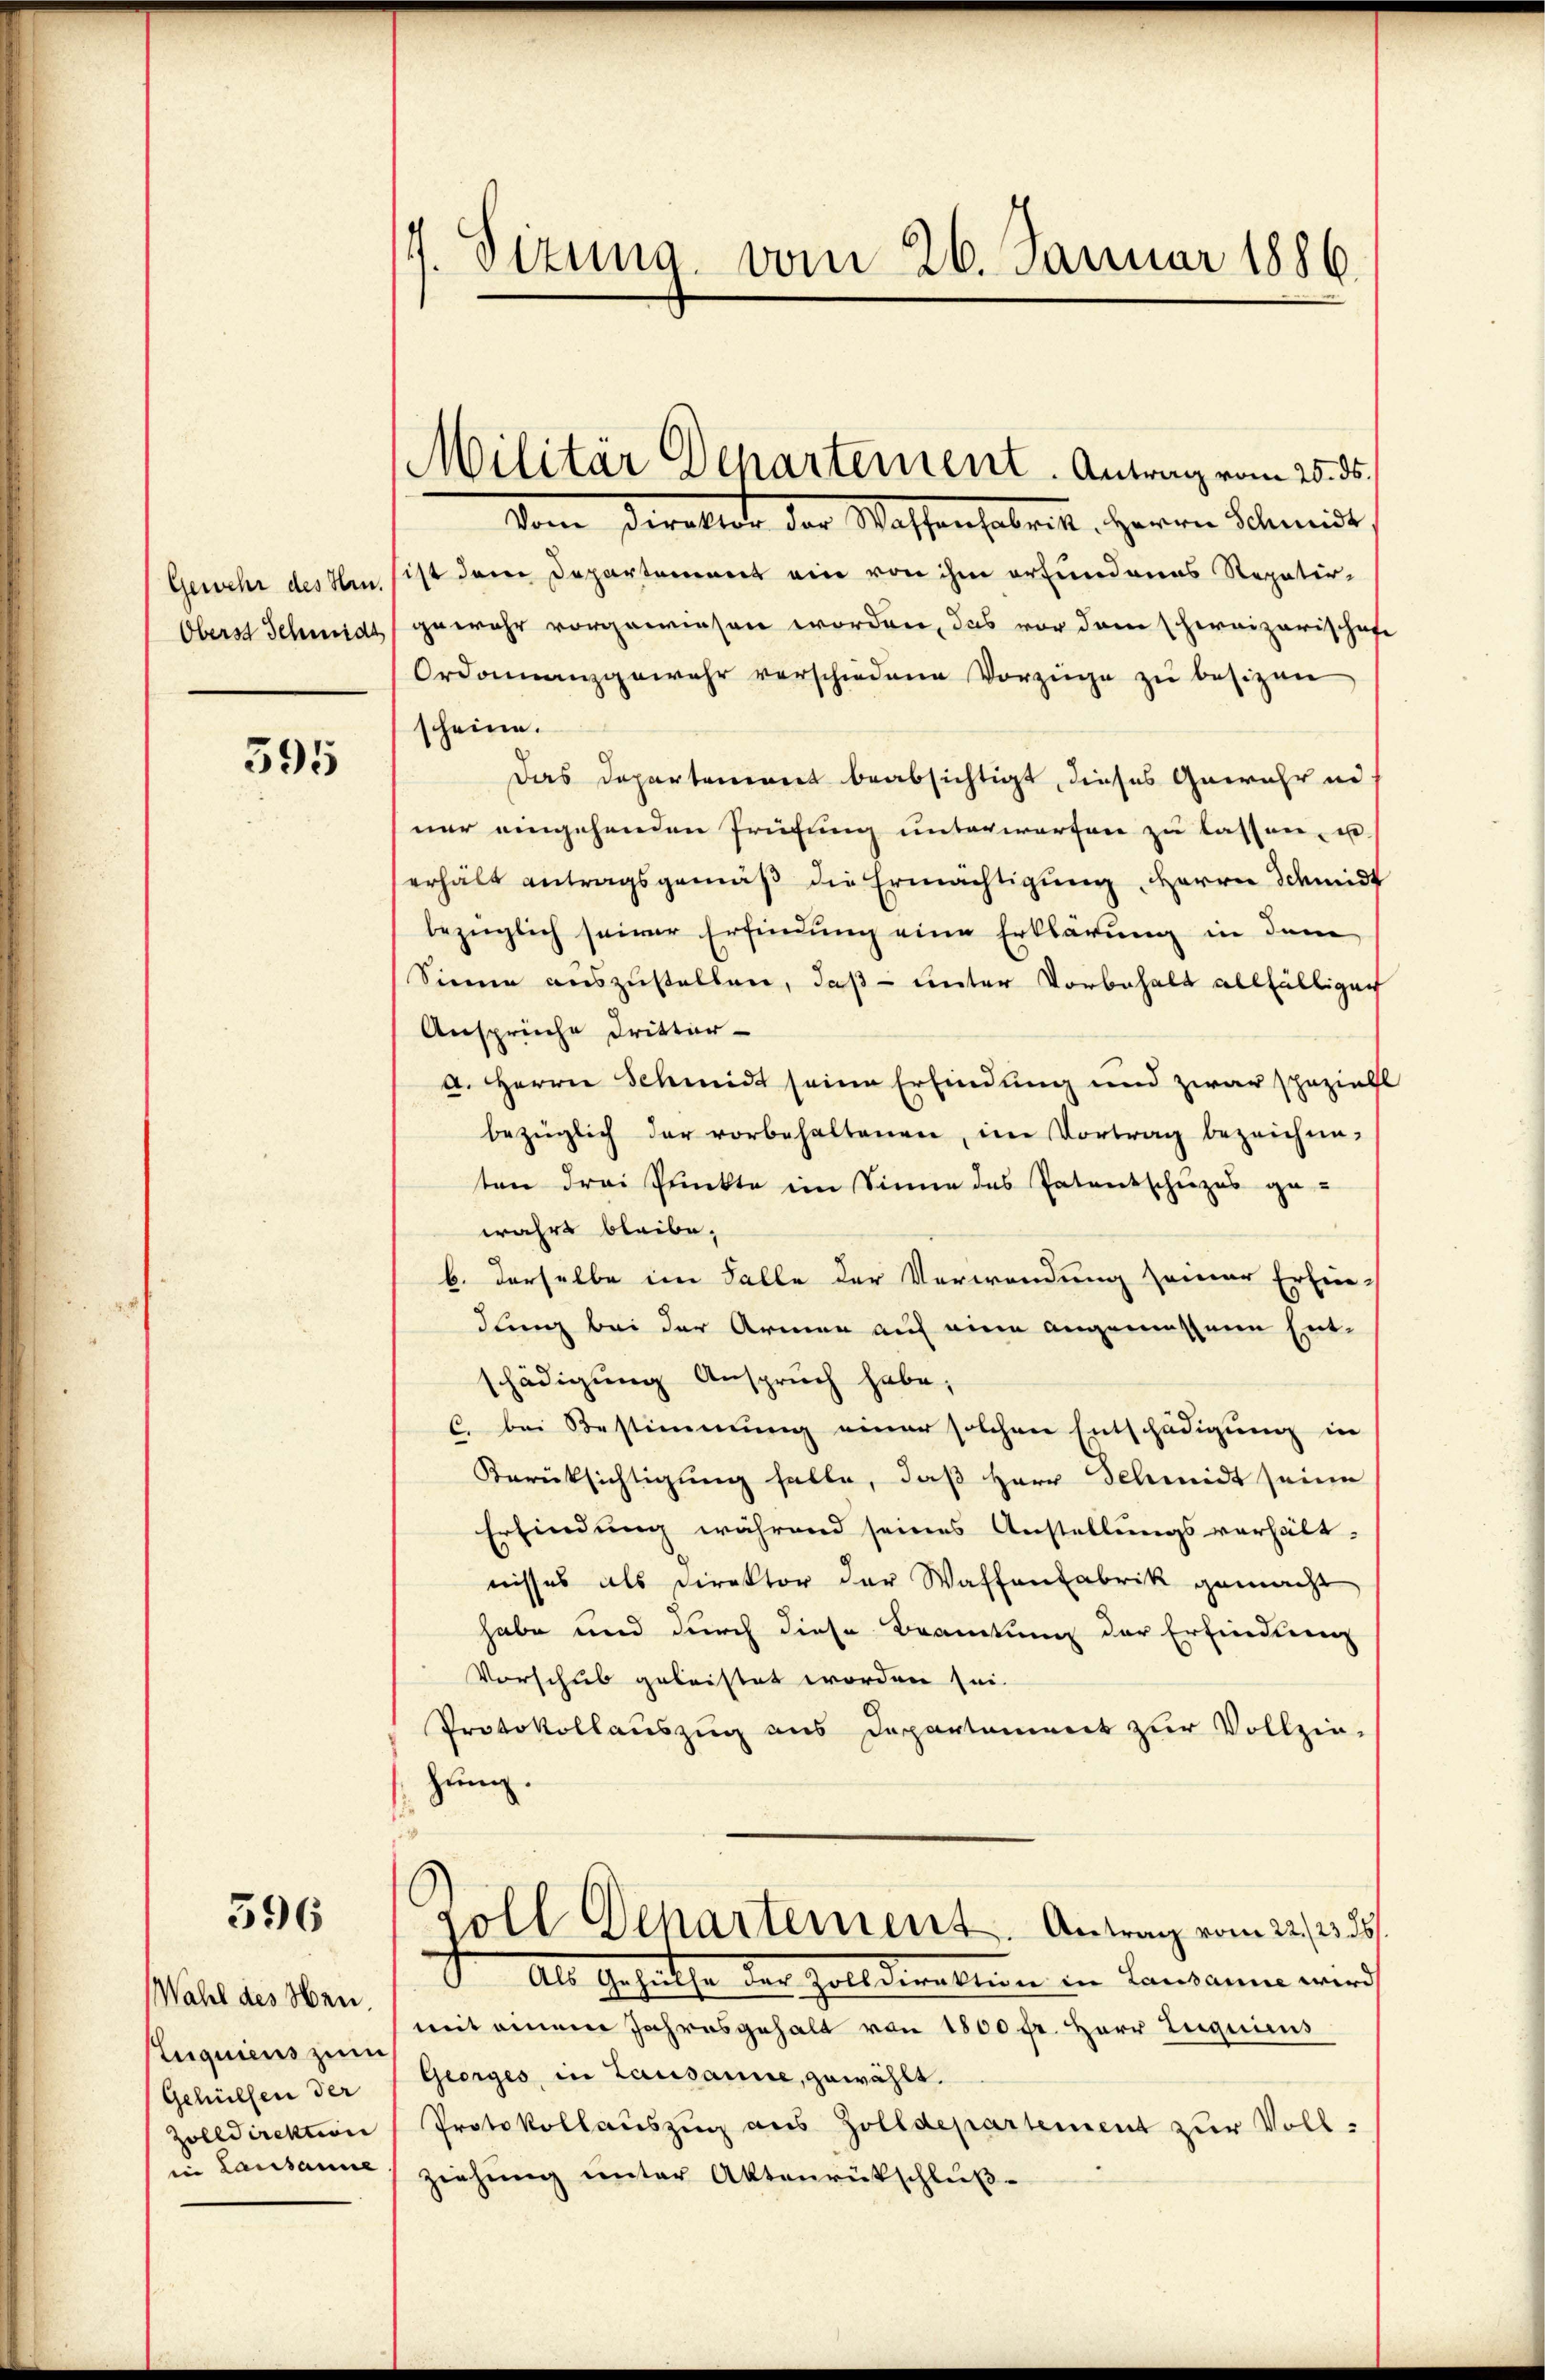
Gewehr des Hrn.
Oberst Schmidt

595

596

Wahl des Neu.
Luquiens zum
Gehülfen der
Zolldirektion
in Lausanne

7. Sizung vom 26. Januar 1886

Militär Departement. Antrag vom 25. ds.

Vom Paraller der Wassen habent, Herrn Schmidt
ist dem Departement ein von ihm erfundenes Repetir-
gewahr vorgewiesen worden, das vor dem schweizerischaft
Ordonnanzgewehr verschiedene Vorzüge zŭ besizen
scheine.
Das Departement beabsichtigt, dieses Gewähr in
nur eingehenden Prüfung unterworfen zu lassen, u
erhält antragsgemäß die Ermächtigung, Herrn Schmidt
bezüglich seiner Erfindung eine Erklärung in dem
Sinne auszustellen, daß unter Vorbehalt allfälligen
Ansprüche Dritter-
a. Herrn Schmidt seine Erfindung und zwar speziel
bezüglich der vorbehaltenen, im Vortrag bezeichneten drei Punkte im Sinne des Patentschuzes ge-
wahrt bleibe,
b. derselbe im Falle der Verwendung seiner Erfin-
dling bei der Armen auf eine angemessene Ent-
schädigung Anspruch habe,
C. bei Bestimmung einer solchen Entschädigung in
Berücksichtigung falle, daß Herr Schmidt seine
Erfindung während seines Anstellungsverhält-
nisses als Direktor der Waffenfabrik gemacht
habe und durch diese Beamtung der Erfindung
Vorschub geleistet worden sei.
Protokollauszug aus Departement zur Vollzie-
zung.
soll Departement. Antrag vom 22./23. 35.
fr. Als Gesetze der Zolldirektion in Lausanne wird
mit einem Jahresgehalt von 1800 fr. Herr Luguicus
Georges, in Lausanne, zuwählt.
Protokollauszug aus Zolldepartement zur Voll-
Ziehŭng ŭnter Aktenrückschluß-